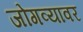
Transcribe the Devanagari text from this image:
जोगव्यावर